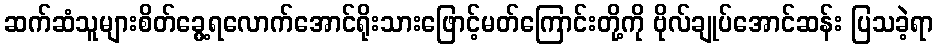
ဆက်ဆံသူများစိတ်ခွေ့ရလောက်အောင်ရိုးသားဖြောင့်မတ်ကြောင်းတို့ကို ဗိုလ်ချုပ်အောင်ဆန်း ပြသခဲ့ရာ